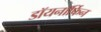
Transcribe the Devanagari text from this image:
डॉयनॉर्फिन